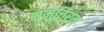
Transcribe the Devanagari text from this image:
समुत्तिरम्